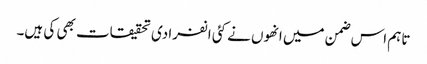
تاہم اس ضمن میں انھوں نے کئی انفرادی تحقیقات بھی کی ہیں۔